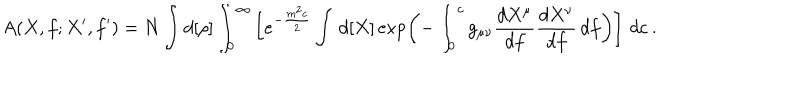
LaTeX: A ( X , f ; X ^ { \prime } , f ^ { \prime } ) = N \int d [ \rho ] \int _ { 0 } ^ { \infty } \left[ e ^ { - \frac { m ^ { 2 } c } { 2 } } \int \, d [ X ] \exp \left( - \int _ { 0 } ^ { c } g _ { \mu \nu } \frac { d X ^ { \mu } } { d f } \frac { d X ^ { \nu } } { d f } \, d f \right) \right] \, d c \: . \nonumber